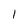
Character: 1